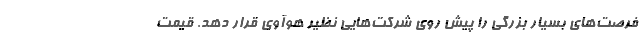
فرصت‌های بسیار بزرگی را پیش روی شرکت‌هایی نظیر هوآوی قرار دهد. قیمت